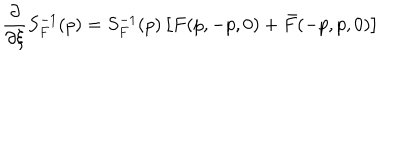
\frac { \partial } { \partial \xi } S _ { F } ^ { - 1 } ( p ) = S _ { F } ^ { - 1 } ( p ) \left[ F ( p , - p , 0 ) + \bar { F } ( - p , p , 0 ) \right]